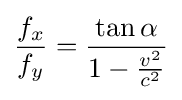
{\frac {f_{x}}{f_{y}}}={\frac {\tan \alpha }{1-{\frac {v^{2}}{c^{2}}}}}